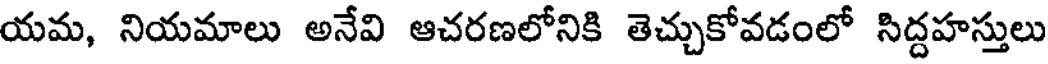
యమ, నియమాలు అనేవి ఆచరణలోనికి తెచ్చుకోవడంలో సిద్దహస్తులు